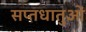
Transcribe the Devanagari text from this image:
सप्तधातुओं